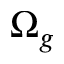
\Omega _ { g }